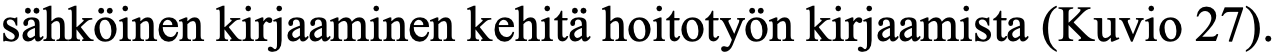
sähköinen kirjaaminen kehitä hoitotyön kirjaamista (Kuvio 27).